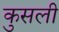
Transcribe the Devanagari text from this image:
कुसली